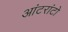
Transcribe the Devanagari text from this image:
आंटरांटो